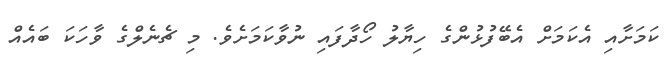
ކަމަށާއި އެކަމަށް އެބޭފުޅުންގެ ހިޔާލު ހޯދާފައި ނުވާކަމަށެވެ. މި ޗެނެލްގެ ވާހަކަ ބައެއް